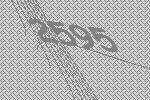
2595